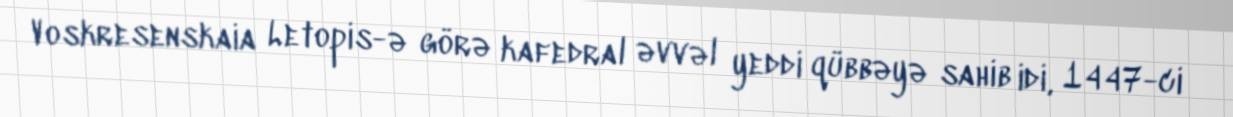
Voskresenskaia Letopis-ə görə kafedral əvvəl yeddi qübbəyə sahib idi, 1447-ci